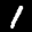
Label: 1